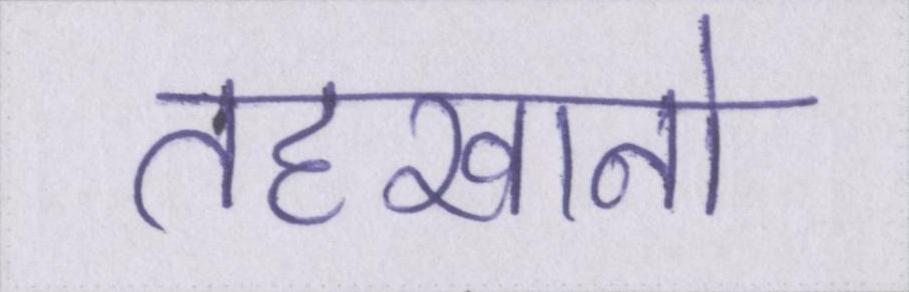
तहखानो